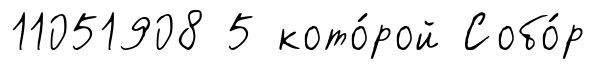
11051908 5 кото́рой Собо́р